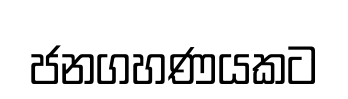
ජනගහණයකට